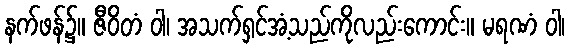
နက်ဖန်၌။ ဇီဝိတံ ဝါ၊ အသက်ရှင်အံ့သည်ကိုလည်းကောင်း။ မရဏံ ဝါ၊